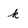
Character: k